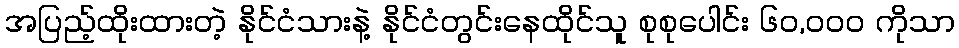
အပြည့်ထိုးထားတဲ့ နိုင်ငံသားနဲ့ နိုင်ငံတွင်းနေထိုင်သူ စုစုပေါင်း ၆၀,၀၀၀ ကိုသာ